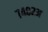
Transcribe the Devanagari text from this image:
७४०२अ